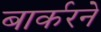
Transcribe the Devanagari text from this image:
बार्करने